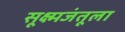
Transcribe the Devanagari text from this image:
सूक्ष्मजंतूला